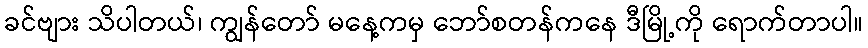
ခင်ဗျား သိပါတယ်၊ ကျွန်တော် မနေ့ကမှ ဘော်စတန်ကနေ ဒီမြို့ကို ရောက်တာပါ။